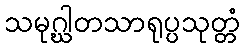
သမုဂ္ဃါတသာရုပ္ပသုတ္တံ